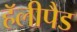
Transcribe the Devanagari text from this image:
हॅलीपैड